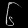
Digit: ၆